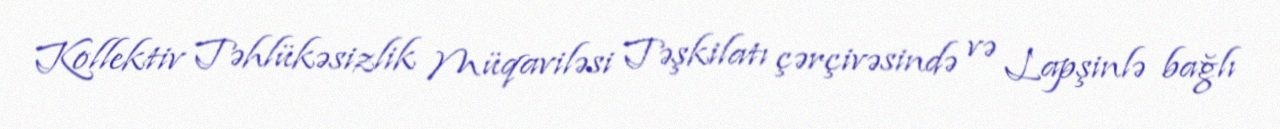
Kollektiv Təhlükəsizlik Müqaviləsi Təşkilatı çərçivəsində və Lapşinlə bağlı